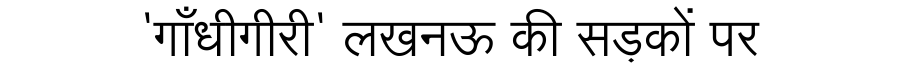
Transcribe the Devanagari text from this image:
'गाँधीगीरी' लखनऊ की सड़कों पर